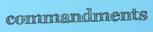
commandments